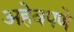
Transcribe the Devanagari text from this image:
अहेवपणे